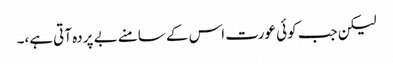
لیکن جب کوئی عورت اس کے سامنے بے پردہ آتی ہے،۔